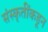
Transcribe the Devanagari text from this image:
संस्कृतींकडून